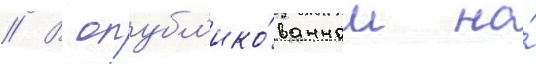
// В опубл'ико́ванном на́